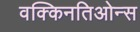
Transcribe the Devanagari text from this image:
वक्किनतिओन्स